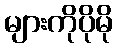
များကိုပိုမို